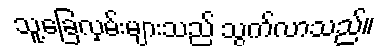
သူ့ခြေလှမ်းများသည် သွက်လာသည်။